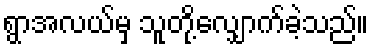
ရွာအလယ်မှ သူတို့လျှောက်ခဲ့သည်။